画像に写った文字を読んでください
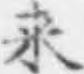
「来」と書いてあります